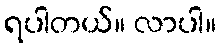
ရပါတယ်။ လာပါ။